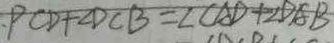
P C D + \angle D C B = \angle C A D + \angle D A B